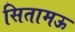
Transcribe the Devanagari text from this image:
सितामऊ